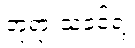
ဘုရားသခင်ရဲ့